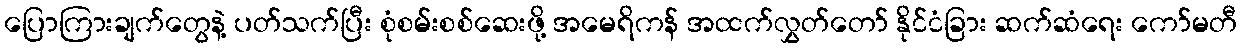
ပြောကြားချက်တွေနဲ့ ပတ်သက်ပြီး စုံစမ်းစစ်ဆေးဖို့ အမေရိကန် အထက်လွှတ်တော် နိုင်ငံခြား ဆက်ဆံရေး ကော်မတီ